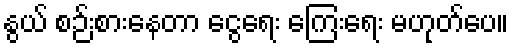
နွယ် စဉ်းစားနေတာ ငွေရေး ကြေးရေး မဟုတ်ပေ။